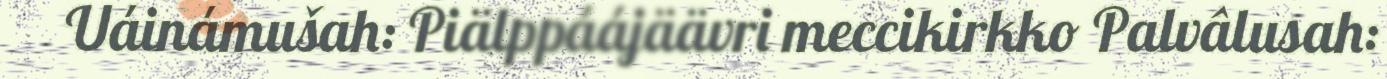
Uáinámušah: Piälppáájäävri meccikirkko Palvâlusah: